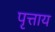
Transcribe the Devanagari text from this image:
पृत्ताय